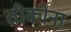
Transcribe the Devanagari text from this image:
तीकोना